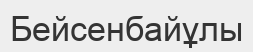
Бейсенбайұлы